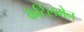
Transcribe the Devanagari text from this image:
कैटिलमेन